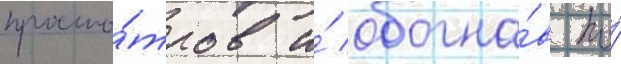
просмо́тров и́ обогна́в по́